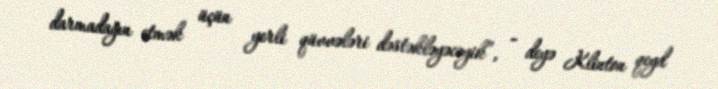
darmadağın etmək üçün yerli qüvvələri dəstəkləyəcəyik”, - deyə Klinton qeyd